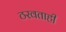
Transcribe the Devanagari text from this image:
ठरवताही